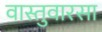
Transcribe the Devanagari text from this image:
वास्तुवारसा